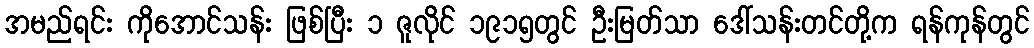
အမည်ရင်း ကိုအောင်သန်း ဖြစ်ပြီး ၁ ဇူလိုင် ၁၉၁၅တွင် ဦးမြတ်သာ ဒေါ်သန်းတင်တို့က ရန်ကုန်တွင်